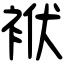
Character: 袱